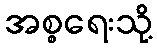
အစ္စရေးသို့